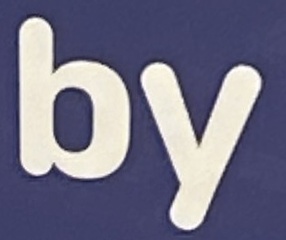
by